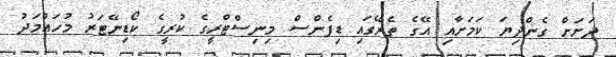
ދަށަށް ގެންދިޔަ ކަމަށާއި އޭގެ ތެރޭގައި ޑިފެންސް މިނިސްޓްރީގެ ކުރީގެ ކޯޑިނޭޓަރު މުހައްމަދު